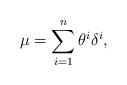
LaTeX: \begin{align*}\mu=\sum_{i=1}^n \theta^i\delta^i,\end{align*}